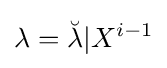
\lambda ={\breve {\lambda }}|X^{i-1}